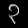
Digit: ၃